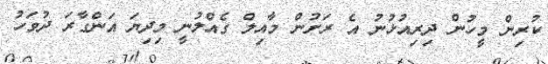
ކުރިން މީހުން ދިރިއުޅުނު އެ ރަށުން މާއިލް ގެއްލުނީ މިދިޔަ އަންގާރަ ދުވަހު